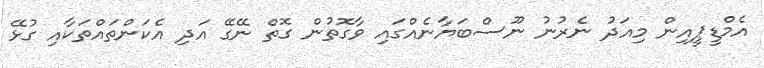
އެމްޑީޕީއިން މިއަދު ނެރުނު ނޫސްބަޔާނެއްގައި ވާގޮތުން ގޮތް ނޭގޭ އަދި އެކަންތައްތަކާއި ގުޅޭ